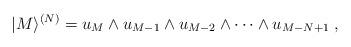
LaTeX: \begin{align*}|M\rangle ^{(N)} = u_M\wedge u_{M-1}\wedge u_{M-2}\wedge \dots \wedge u_{M-N+1}\; , \end{align*}